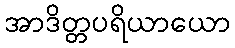
အာဒိတ္တပရိယာယော